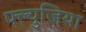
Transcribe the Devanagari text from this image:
फ्ल्युजिया